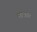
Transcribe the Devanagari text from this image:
माथा।।